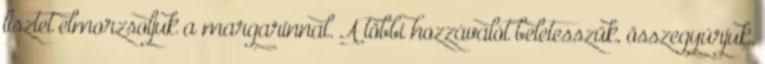
lisztet elmorzsoljuk a margarinnal. A többi hozzávalót beletesszük, összegyúrjuk.